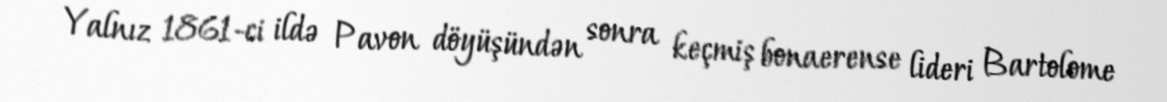
Yalnız 1861-ci ildə Pavon döyüşündən sonra keçmiş bonaerense lideri Bartolome